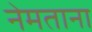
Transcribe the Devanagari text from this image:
नेमताना